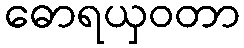
ဓောရယှဝတာ